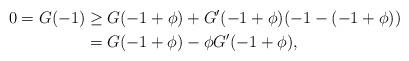
LaTeX: \begin{align*}0=G(-1)&\geq G(-1+\phi)+G'(-1+\phi)(-1-(-1+\phi))\\&=G(-1+\phi)-\phi G'(-1+\phi),\end{align*}